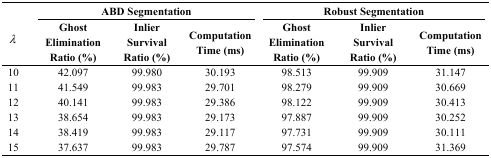
| <ROWSPAN=3> λ | <COLSPAN=3> ABD Segmentation | <COLSPAN=3> Robust Segmentation |
 | Ghost Elimination Ratio (%) | Inlier Survival Ratio (%) | Computation Time (ms) | Ghost Elimination Ratio (%) | Inlier Survival Ratio (%) | Computation Time (ms) |
 | --- | --- | --- | --- | --- | --- | --- |
 | 10 | 42.097 | 99.980 | 30.193 | 98.513 | 99.909 | 31.147 |
 | 11 | 41.549 | 99.983 | 29.701 | 98.279 | 99.909 | 30.669 |
 | 12 | 40.141 | 99.983 | 29.386 | 98.122 | 99.909 | 30.413 |
 | 13 | 38.654 | 99.983 | 29.173 | 97.887 | 99.909 | 30.252 |
 | 14 | 38.419 | 99.983 | 29.117 | 97.731 | 99.909 | 30.111 |
 | 15 | 37.637 | 99.983 | 29.787 | 97.574 | 99.909 | 31.369 |